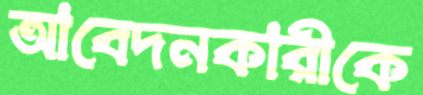
আবেদনকারীকে